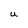
Character: U